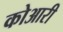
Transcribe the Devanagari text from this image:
कोआरी